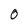
Character: 0